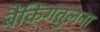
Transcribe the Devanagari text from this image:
बैंकिंगतुलना